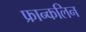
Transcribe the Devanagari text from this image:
फ्रान्कलिन